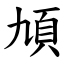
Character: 頄